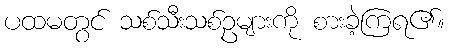
ပထမတွင် သစ်သီးသစ်ဥများကို စားခဲ့ကြရ၏။